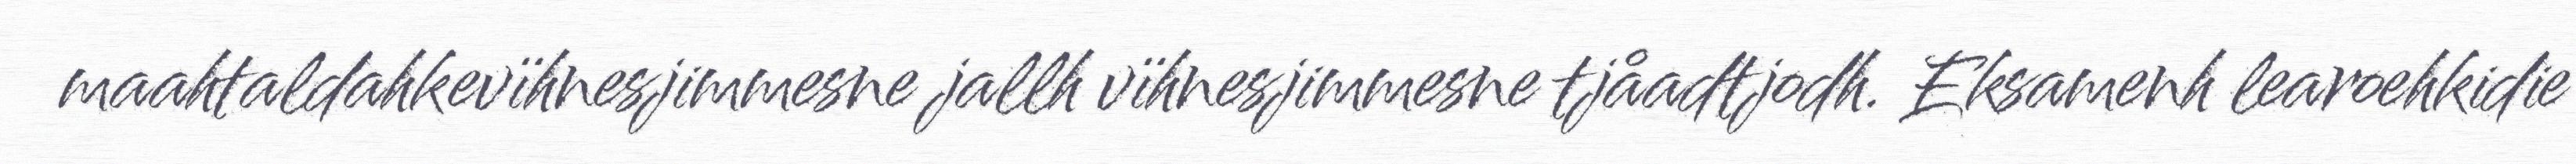
maahtaldahkevïhnesjimmesne jallh vïhnesjimmesne tjåadtjodh. Eksamenh learoehkidie